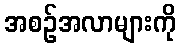
အစဉ်အလာများကို